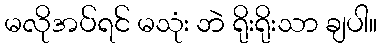
မလိုအပ်ရင် မသုံး ဘဲ ရိုးရိုးသာ ချပါ။